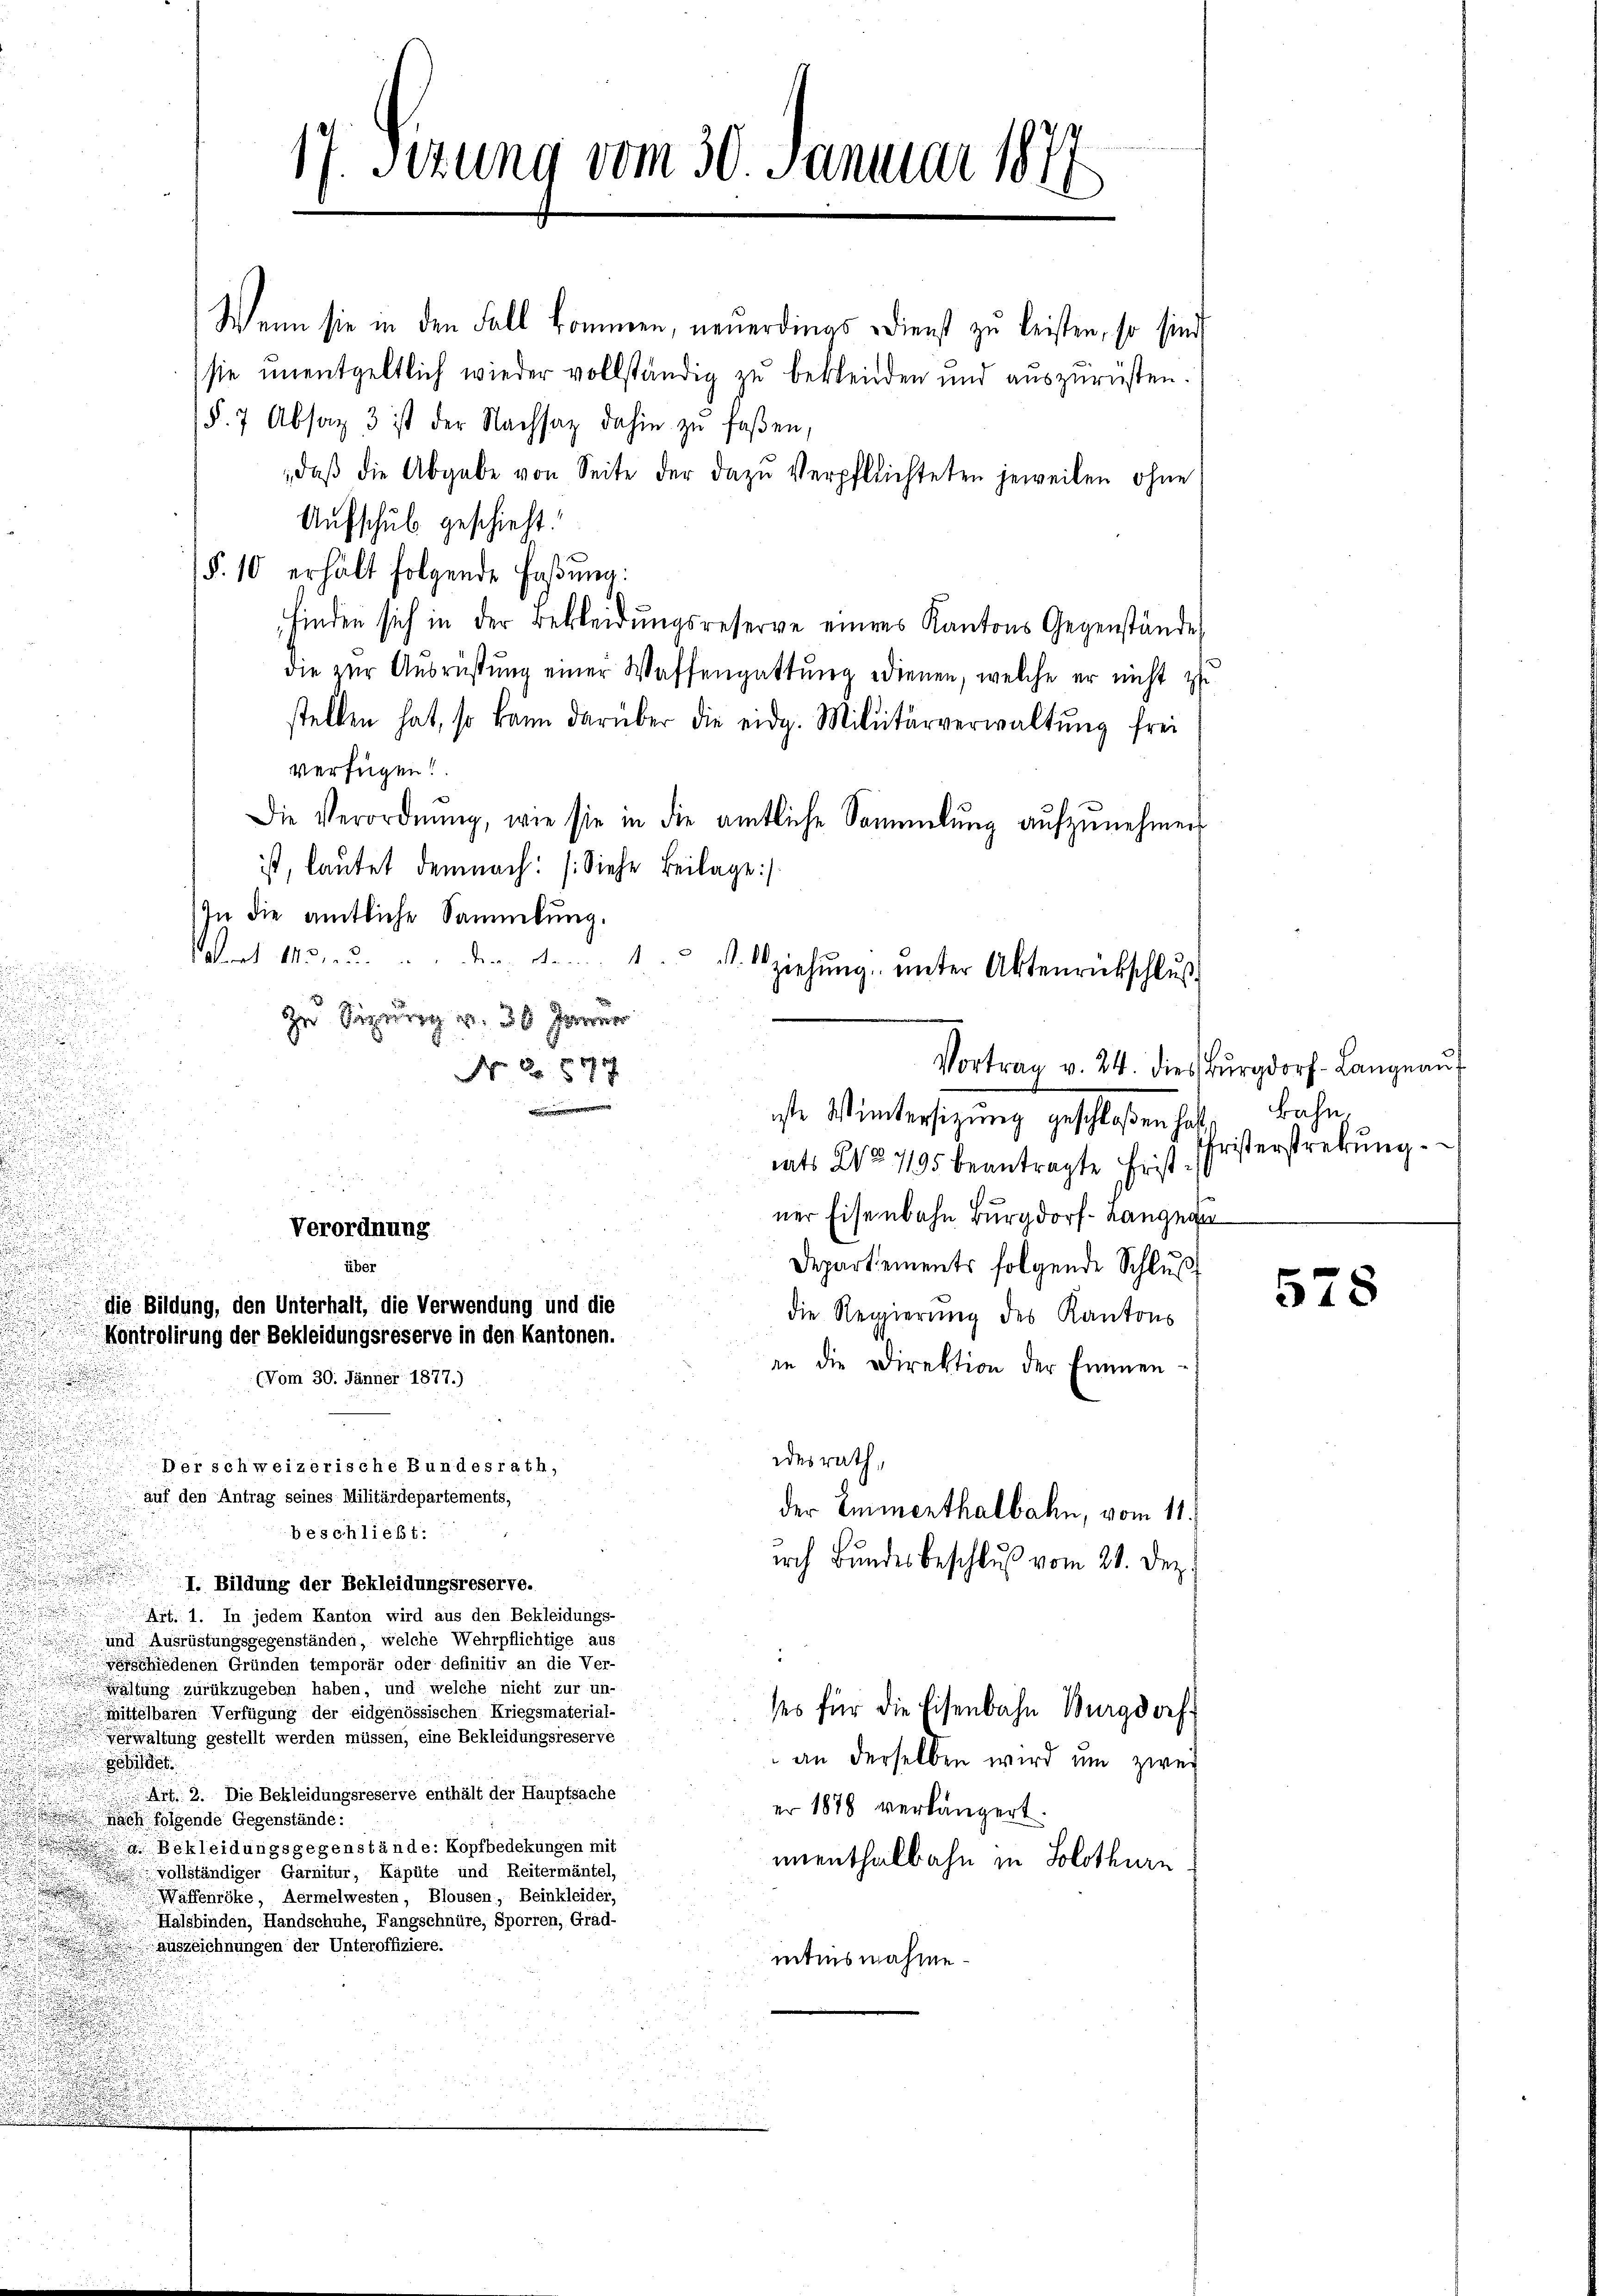
u

n
i

.

17. Serung vom 30. Januar 1877

Wenn sie in den Fall kommen, neŭerdings dienst zŭ leisten, so sind
sie unentgeltlich wieder vollständig zu bekleiden und auszurüsten.
(§. 7 Absag 3 ist der Nachsaz dahin zu faßen,
 daβ die Abgabe von Seite der dazu Verpflichteten jeweilen ohne
Aufschub geschieht.
(§. 10 erhält folgende Faßung:
finden sich in der Bekleidungsreserve eines Kantons Gegenstände
die zur Ausrüstung einer Waffengattung edienen, welche er nicht zu
stellen hat, so kann darüber die eidg. Militärverwaltŭng frei
verfügen!
Die Verordnŭng, wie sie in die amtliche Sammlung aŭfzŭnehmen
ist, lautet demnach: (Siehe Beilage).
In die amtliche Sammlung.
aart kŭrŭ u. der dem 1. s. ziehŭng ŭnter Aktenrückschlŭβ-
Im Sigg u 3 Ja
No. 2. 577

rats Ao. 1195 beantragte Fristn
ner Eisenbahn Burgdorf- Langna
Verordnung
über
Departements folgende Schluß
die Bildung, den Unterhalt, die Verwendung und die
die Regierung des Kantons
Kontrolirung der Bekleidungsreserve in den Kantonen.
in die Direktion der Emmen-
(Vom 30. Jänner 1877.)
desrath,
Der schweizerische Bundesrath,
auf den Antrag seines Militärdepartements,
der Emmenthalbahn, vom 11.
beschließt:
irch Bundesbeschluß vom 21. Dez.
I. Bildung der Bekleidungsreserve.
Art. 1. In jedem Kanton wird aus den Bekleidungs-
und Ausrüstungsgegenständen, welche Wehrpflichtige aus
verschiedenen Gründen temporär oder definitiv an die Ver-
waltung zurükzugeben haben, und welche nicht zur un-
ses für die Eisenbahn Burgdorf
mittelbaren Verfügung der eidgenössischen Kriegsmaterial-
verwaltung gestellt werden müssen, eine Bekleidungsreserve
an derselben wird um zwey
Art. 2. Die Bekleidungsreserve enthält der Hauptsache
er 1878 verlängert.
achfolgende Gegenstände:
a Bekleidungsgegenstände: Kopfbedekungen mit
unenthalbahn in Solothurn
vollständiger Garnitur, Käpüte und Reitermäntel,
Waffenröke, Aermelwesten, Blousen, Beinkleider,
Halsbinden, Handschuhe, Fangschnüre, Sporren, Grad-
Auszeichnungen der Unteroffiziere.
mtisnahme

Schildet.
u

Vortrag v. 24. dies Burgdorf- Langnau
iste Wintersitzung geschloßen hat, Bahn.

Fristerstrebung.

578